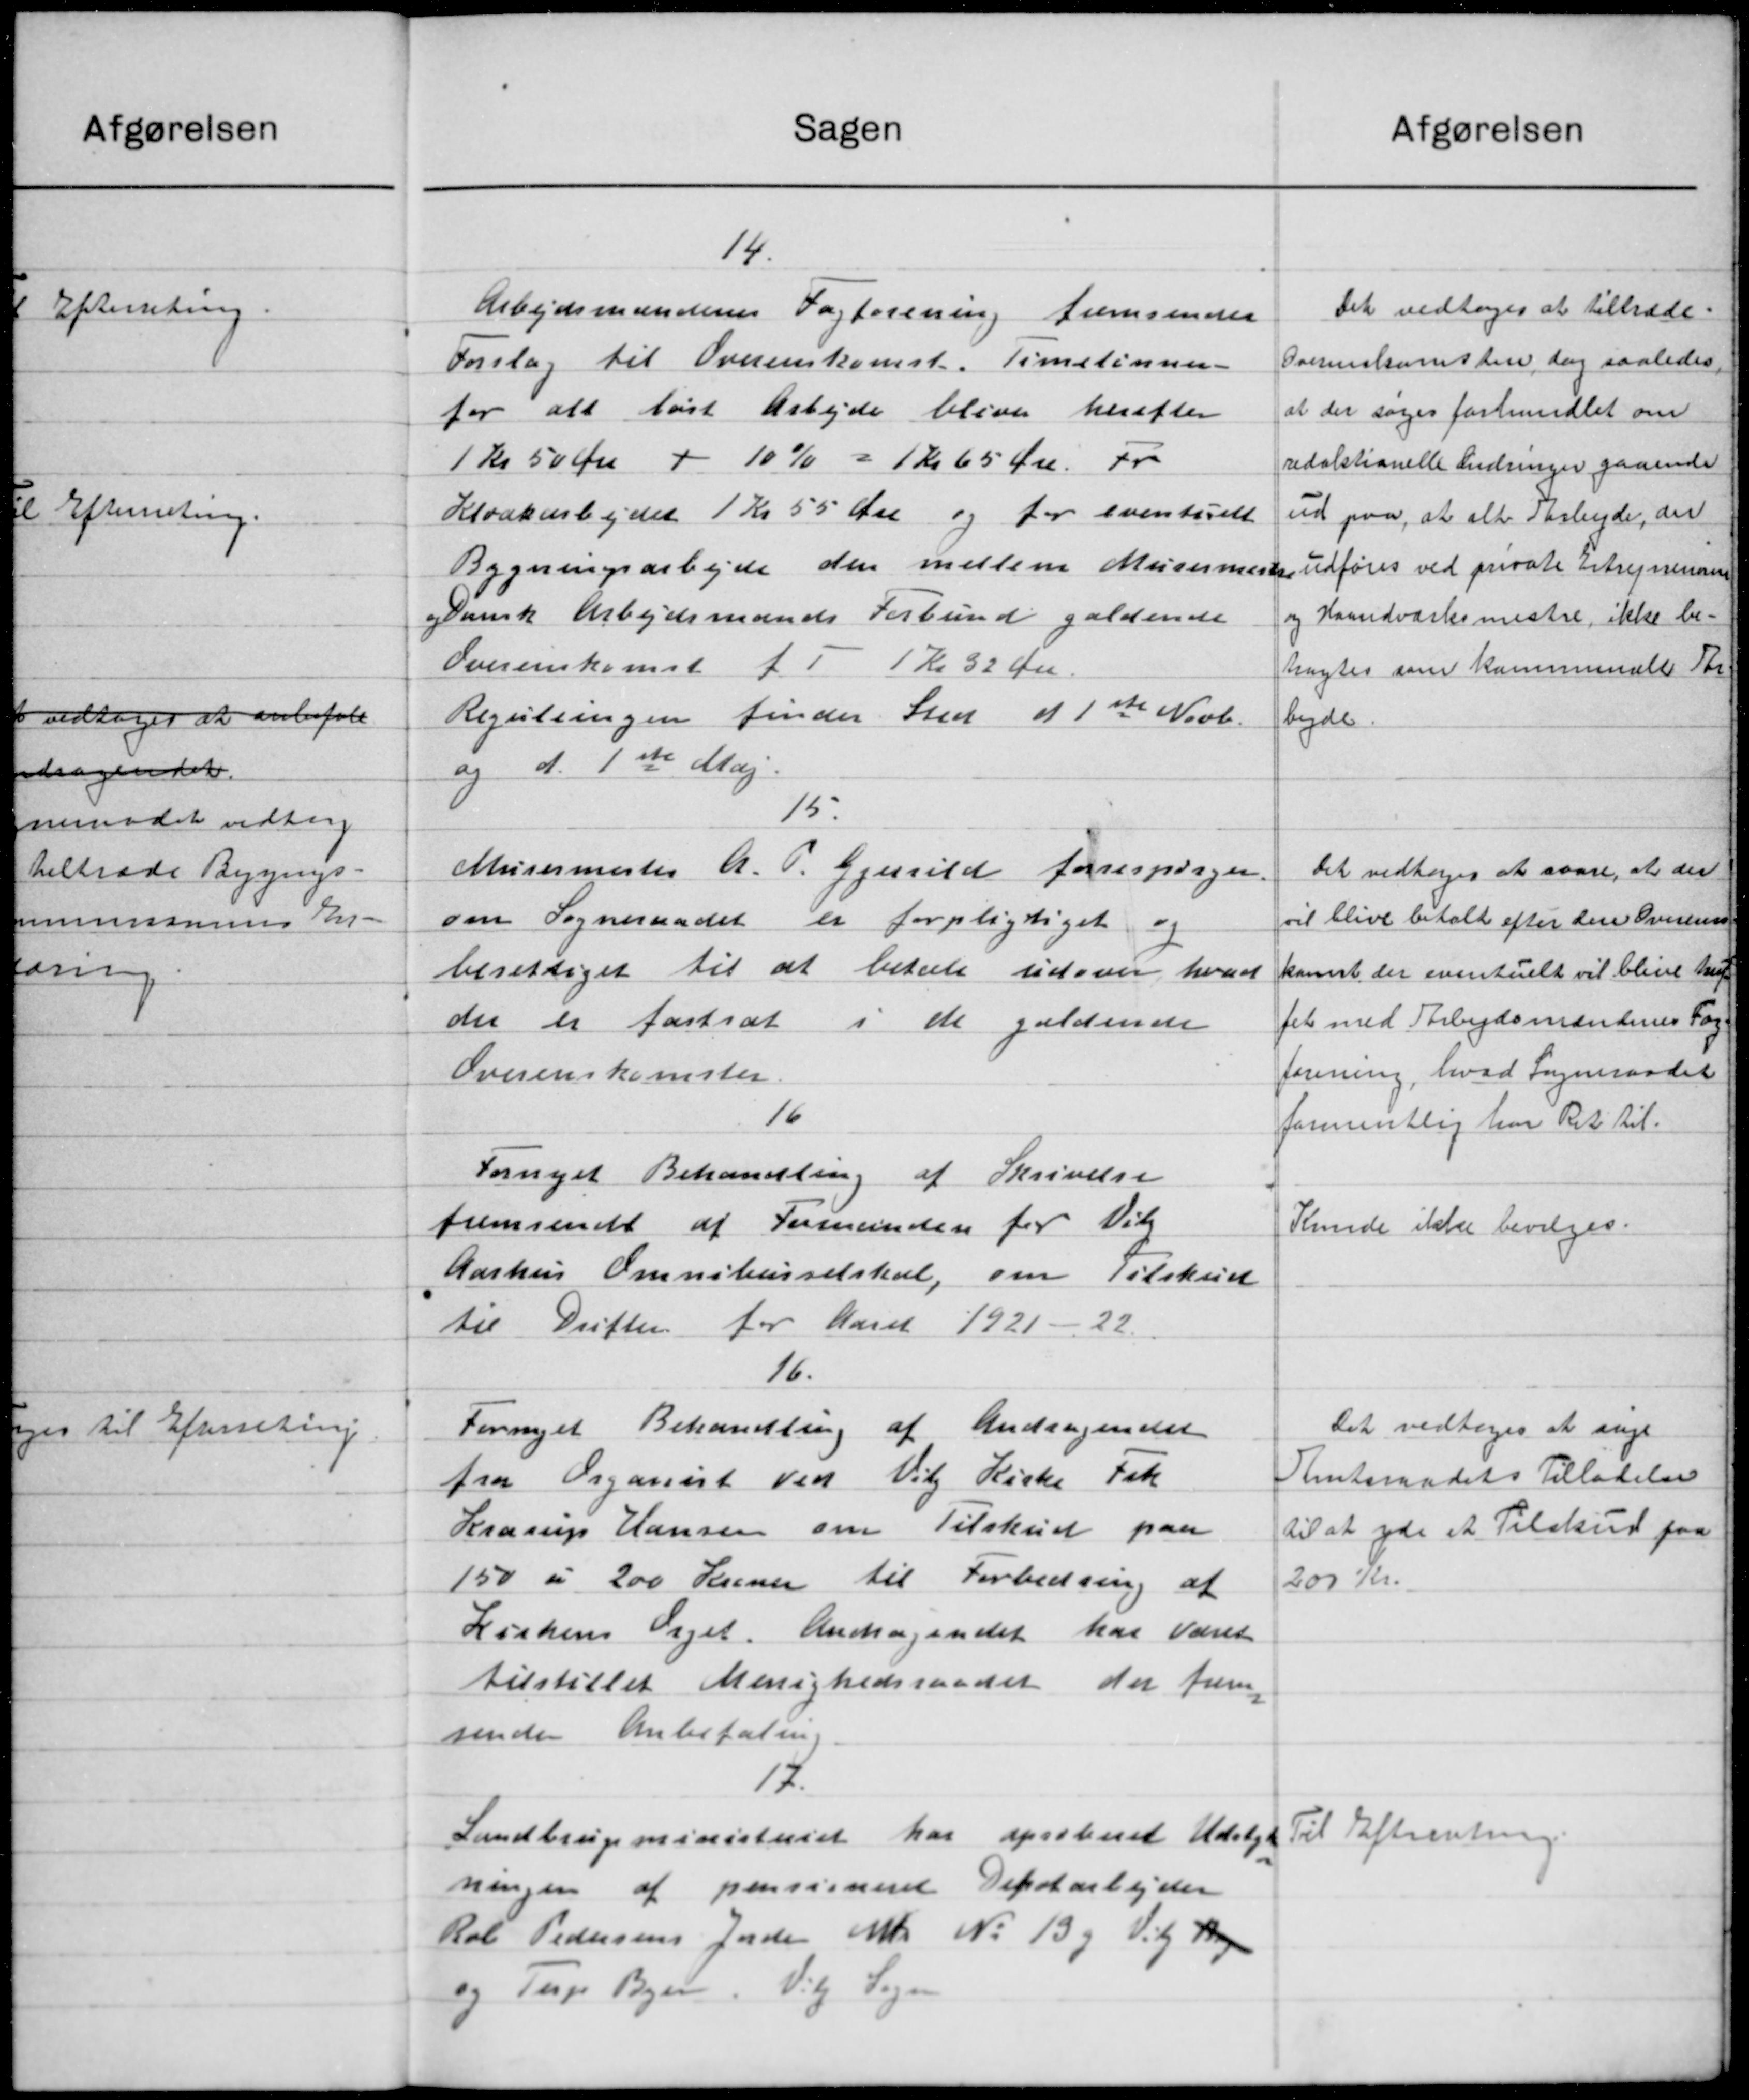
Transskription:
Sagen
14.
Arbejdsmændenes Fagforening fremsender
Forslag til Overenskomst. Timelønnen
for alt løst Arbejde bliver herefter
1 kr 50 Øre + 10% = 1 Kr 65 Øre. Fr
Kloakarbejdet 1 Kr 55 Øre og for eventuelt
Bygningsarbejde den mellem Murermester
Dansk Arbejdsmands Forbund gældende
Overenskomst f 1 Kr 32 Øre
Reguleringen finder Sted af 1ste Novb.
og d. 1ste Maj.
15
Murermester A. P. Gjerrild forespørger
om Sogneraadet er forpligtiget og
berettiget til at betale udover hvor
der er fastsat i de gældende
Overenskomster.
16
Fornyet Behandling af Skrivelse
fremsendt af Formanden for Vil
Aarhus Omnshusselskab, om Tilskud
til Drifter for Aaret 1921-22.
16.
Fornyet Behandling af Andragendet
fra Organist ved Vil Kirke Frk
Krarup Hansen om Tilskud paa
150 á 200 Kroner til Forbedring af
Kirkens Viget. Andragendet har været
tilstillet Menighedsraadet der frem
sender Anbefalin
17.
Landbrugsministeriet har aproberet Udstyk
ningen af pensineret Depotarbejder
Kob Pedersens Jorde Mtr No 13 og Vig Bag
og Terp Byen. Vil Sogn